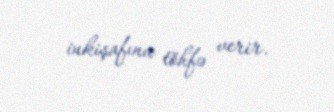
inkişafına töhfə verir.